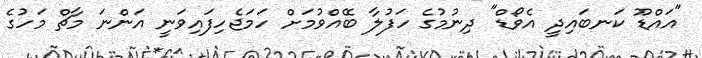
"އައްޑޫ ކަނބައިދީ އެވޯޑް" ދިނުމުގެ ހަފުލާ ބޭއްވުމަށް ހަމަޖެހިފައިވަނީ އަންނަ މާޗް މަހުގެ